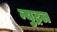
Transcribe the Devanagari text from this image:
न्युट्रल